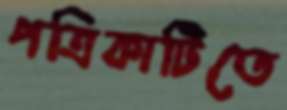
পত্রিকাটিতে